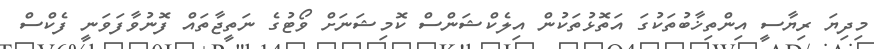
މިދިޔަ ރިޔާސީ އިންތިޚާބުތަކުގަ އަތޮޅުތަކުން އިލެކްޝަންސް ކޮމިޝަނަށް ވޯޓުގެ ނަތީޖާތައް ފޮނުވާފަވަނީ ފެކްސް